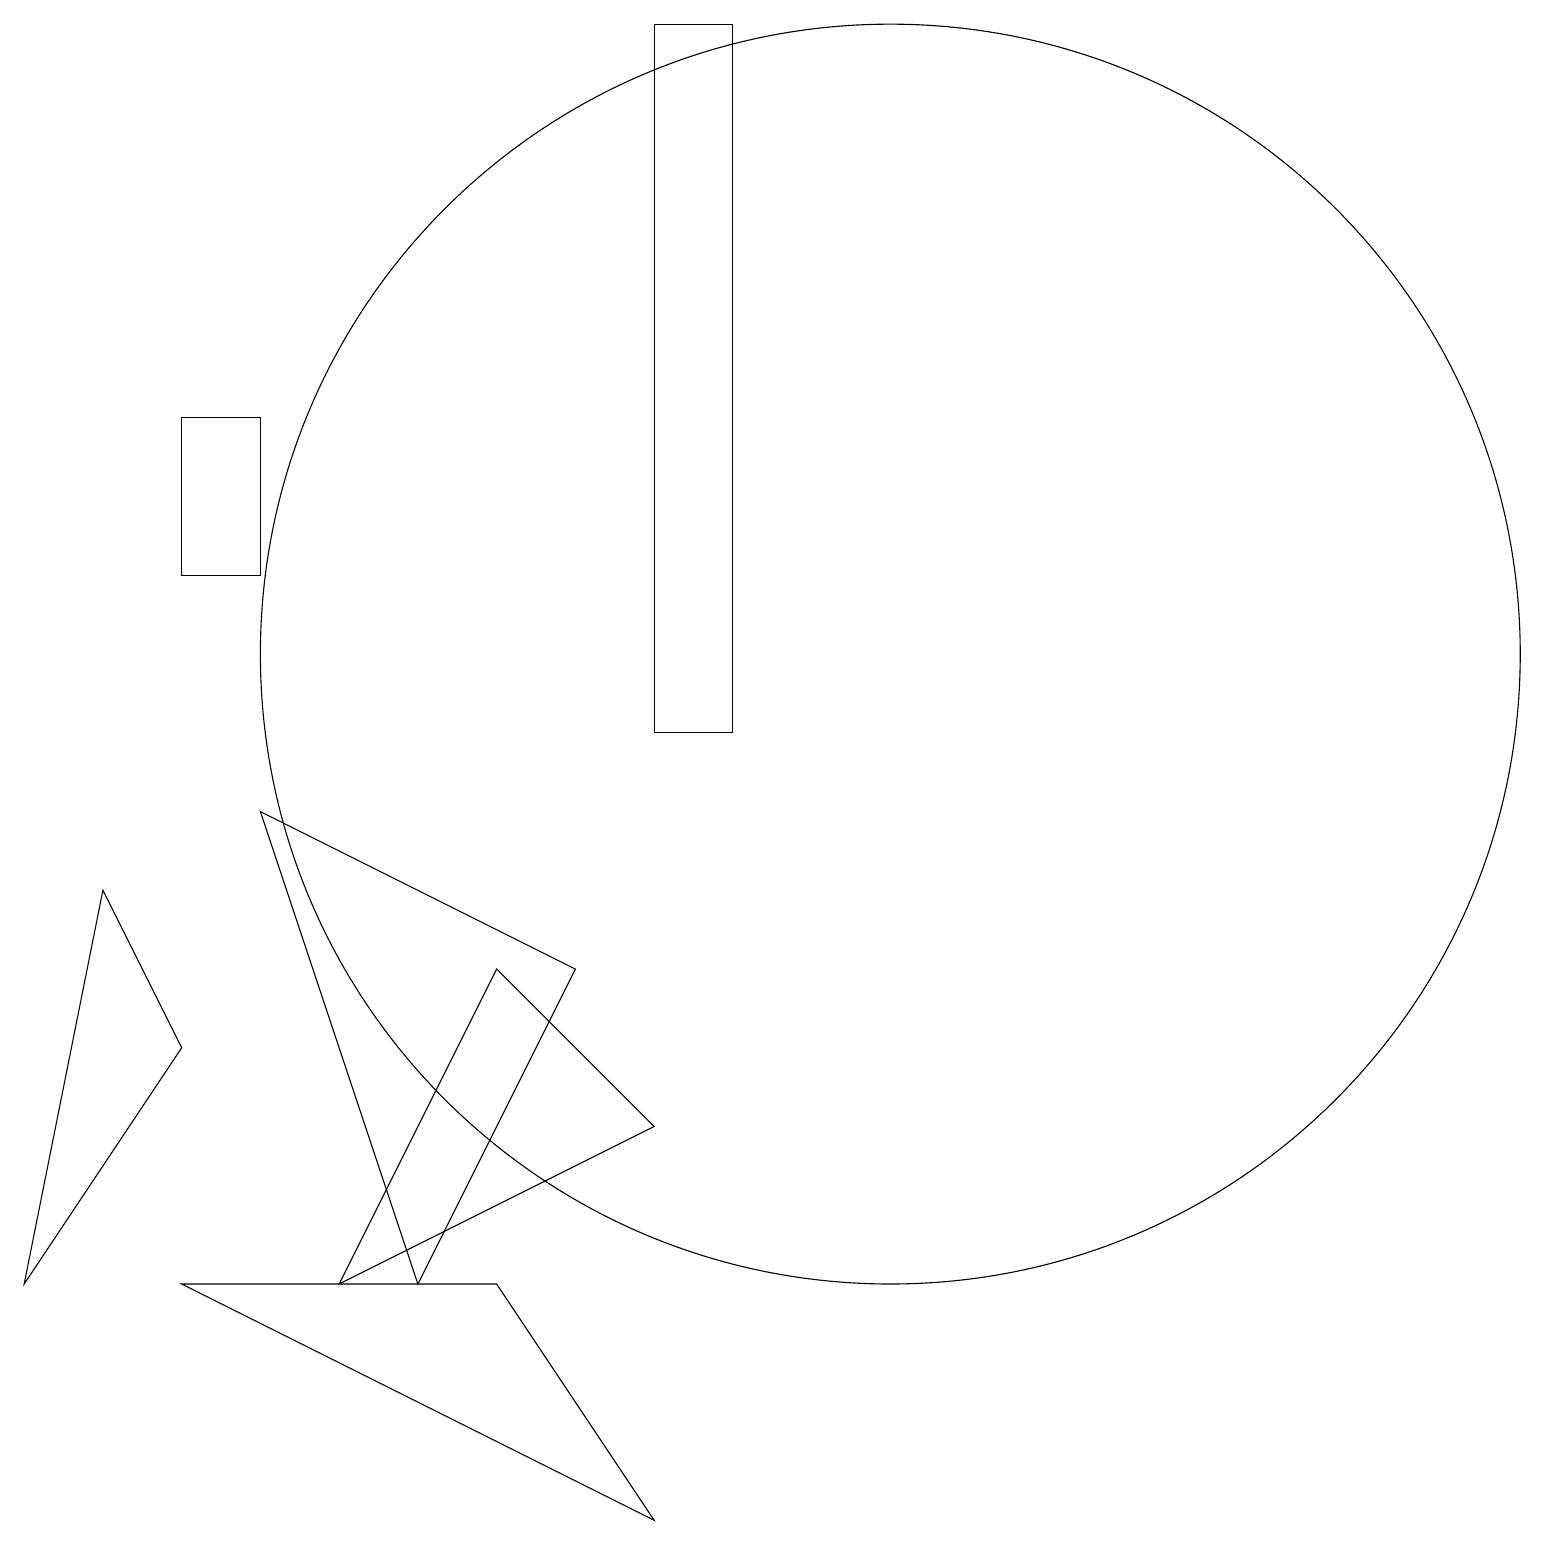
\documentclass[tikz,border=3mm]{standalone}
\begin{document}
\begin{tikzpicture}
\draw (8,5) -- (4,3) -- (6,7) -- cycle;
\draw (0,3) -- (1,8) -- (2,6) -- cycle;
\draw (11,11) circle (8);
\draw (3,9) -- (5,3) -- (7,7) -- cycle;
\draw (2,3) -- (6,3) -- (8,0) -- cycle;
\draw (9,19) rectangle (8,10);
\draw (2,12) rectangle (3,14);
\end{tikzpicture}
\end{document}